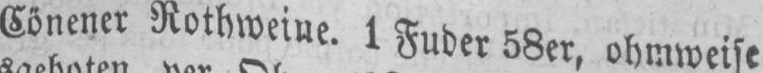
Sönener Rothweine. 1 Fuder 58er‚ ohmweise